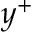
y ^ { + }